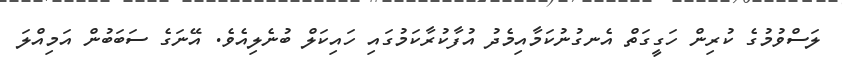
ލަސްވުމުގެ ކުރިން ހަގީގަތް އެނގުނުކަމާއިމެދު އުފާކުރާކަމުގައި ހައިކަލް ބުނެލިއެވެ. އޭނަގެ ސަބަބުން އަމިއްލަ